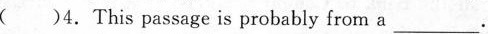
( )4.This passage is probably from a ___